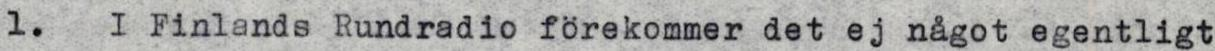
1.  I Finlands Rundradio förekommer det ej något egentligt